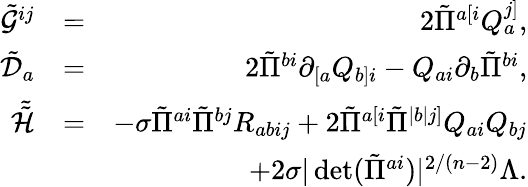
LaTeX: \begin{array}{rlr}{\tilde{\mathcal{G}}^{ij}}&{=}&{2\tilde{\Pi}^{a[i}Q_{a}^{j]},}\\ {\tilde{\mathcal{D}}_{a}}&{=}&{2\tilde{\Pi}^{bi}\partial_{[a}Q_{b]i}-Q_{ai}\partial_{b}\tilde{\Pi}^{bi},}\\ {\tilde{\tilde{\mathcal{H}}}}&{=}&{-\sigma\tilde{\Pi}^{ai}\tilde{\Pi}^{bj}R_{abij}+2\tilde{\Pi}^{a[i}\tilde{\Pi}^{|b|j]}Q_{ai}Q_{bj}}\\ &{}&{+2\sigma|\operatorname*{det}(\tilde{\Pi}^{ai})|^{2/(n-2)}\Lambda.}\end{array}